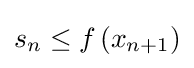
s_{n}\leq f\left(x_{n+1}\right)